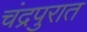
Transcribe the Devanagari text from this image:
चंद्रपुरात